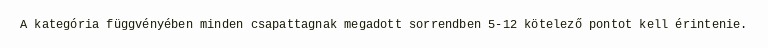
A kategória függvényében minden csapattagnak megadott sorrendben 5-12 kötelező pontot kell érintenie.